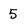
Character: 5